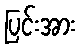
ပြင်းအား